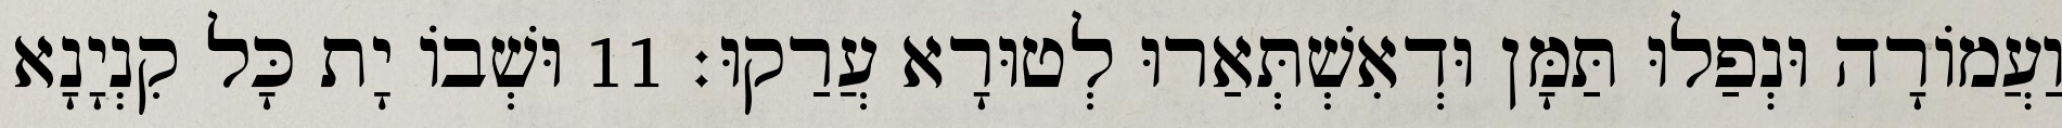
וַעֲמוֹרָה וּנְפַלוּ תַּמָּן וּדְאִשְׁתְּאַרוּ לְטוּרָא עֲרַקוּ׃ 11 וּשְׁבוֹ יָת כָּל קִנְיָנָא